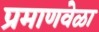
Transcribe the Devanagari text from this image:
प्रमाणवेळा